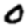
Digit: 0